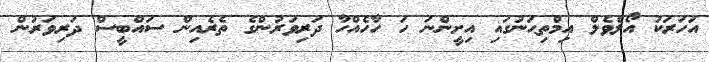
އަހަރަކު އޯލެވެލް އިމްތިޙަނުގައި އިށީންނަ ހަ ހާހެއްހާ ދަރިވަރުންގެ ތެރެއިން ސައްބީސް ދަރިވަރުން